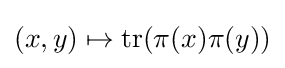
(x,y)\mapsto \operatorname {tr} (\pi (x)\pi (y))